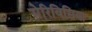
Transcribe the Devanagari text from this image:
सेरिविसिया